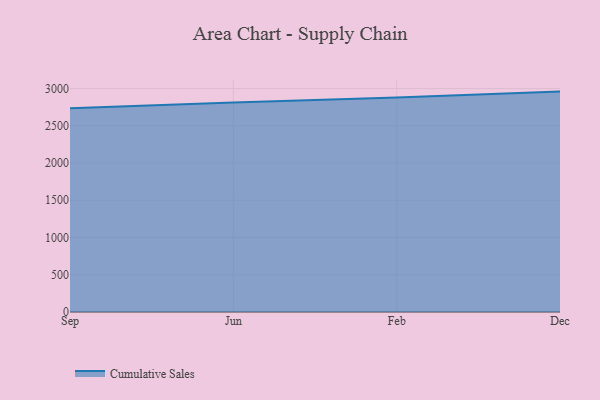
{"axis": {"x": "Month", "y": "Active Users"}, "legend": ["Cumulative Sales"], "data": [{"x": "Sep", "y": 2735.1, "type": "Cumulative Sales"}, {"x": "Jun", "y": 2812.4, "type": "Cumulative Sales"}, {"x": "Feb", "y": 2879.3, "type": "Cumulative Sales"}, {"x": "Dec", "y": 2958.6, "type": "Cumulative Sales"}]}